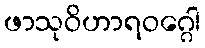
ဖာသုဝိဟာရဝဂ္ဂေါ